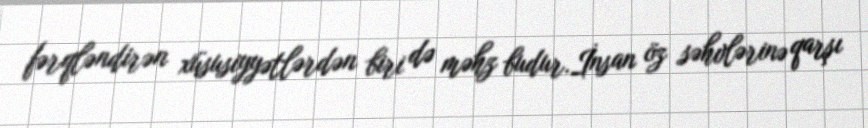
fərqləndirən xüsusiyyətlərdən biri də məhz budur.İnsan öz səhvlərinə qarşı